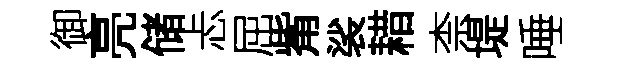
御亮储忐屈觜裟耤柰堤唾